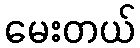
မေးတယ်